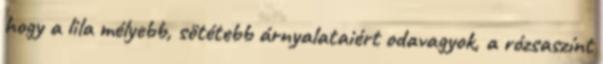
hogy a lila mélyebb, sötétebb árnyalataiért odavagyok, a rózsaszínt